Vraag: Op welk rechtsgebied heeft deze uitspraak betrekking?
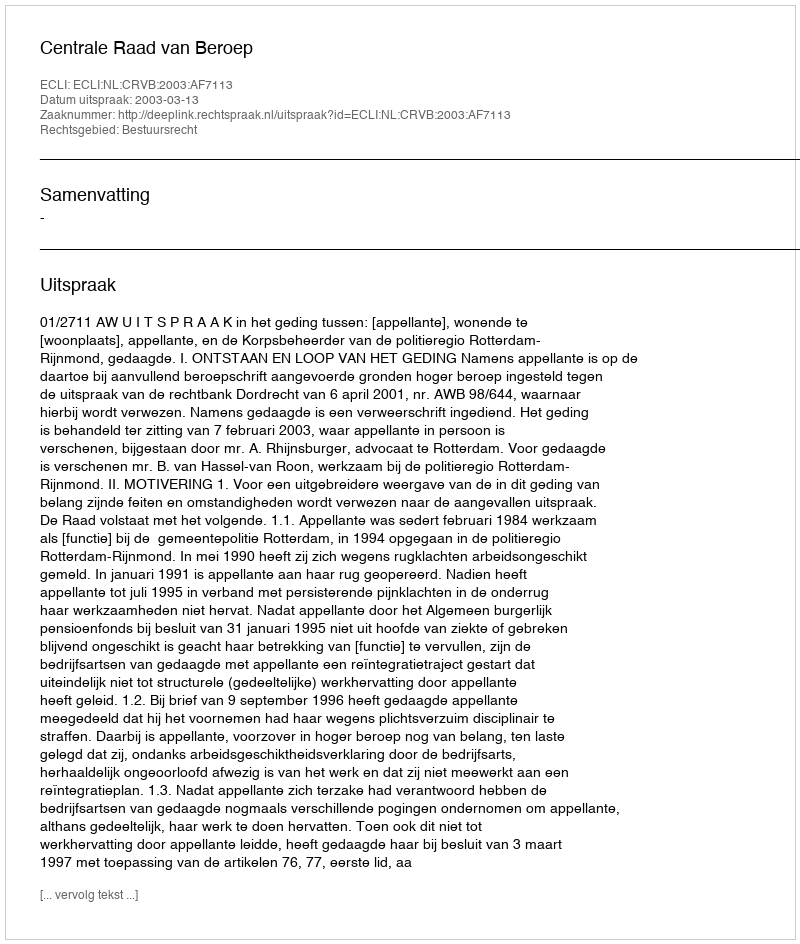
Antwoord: Bestuursrecht